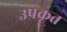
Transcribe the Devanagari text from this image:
उपकॄत